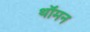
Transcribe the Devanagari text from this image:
थॉमन